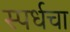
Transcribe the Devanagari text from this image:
स्पर्धचा